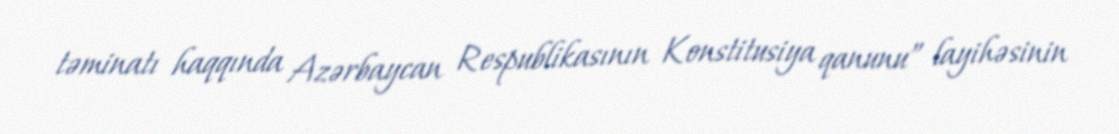
təminatı haqqında Azərbaycan Respublikasının Konstitusiya qanunu” layihəsinin